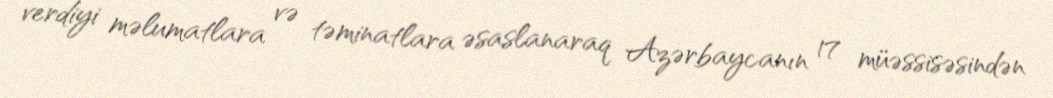
verdiyi məlumatlara və təminatlara əsaslanaraq Azərbaycanın 17 müəssisəsindən